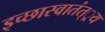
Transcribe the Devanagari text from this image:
इच्छास्वातंत््रय